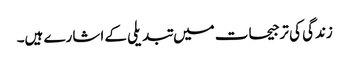
زندگی کی ترجیحات میں تبدیلی کے اشارے ہیں۔